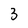
Character: 3